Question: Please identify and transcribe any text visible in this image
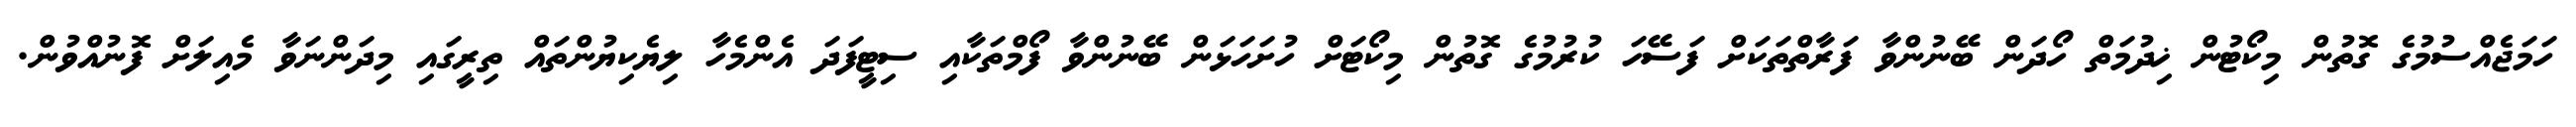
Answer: ހަމަޖެއްސުމުގެ ގޮތުން މިކޯޓުން ޚިދުމަތް ހޯދަން ބޭނުންވާ ފަރާތްތަކަށް ފަސޭހަ ކުރުމުގެ ގޮތުން މިކޯޓަށް ހުށަހަޅަން ބޭނުންވާ ފޯމްތަކާއި ސިޓީފަދަ އެންމެހާ ލިޔެކިޔުންތައް ތިރީގައި މިދަންނަވާ މެއިލަށް ފޮނުއްވުން.